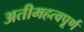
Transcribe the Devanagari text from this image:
अतीमहत्वपूर्ण